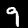
Digit: 9